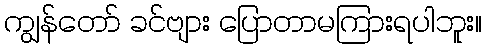
ကျွန်တော် ခင်ဗျား ပြောတာမကြားရပါဘူး။